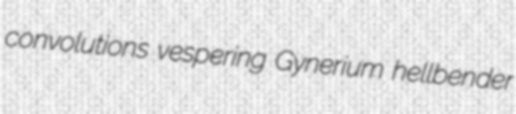
convolutions vespering Gynerium hellbender